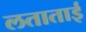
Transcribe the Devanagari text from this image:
लताताई